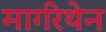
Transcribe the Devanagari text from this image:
मार्गरेथेन